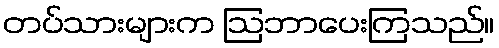
တပ်သားများက ဩဘာပေးကြသည်။